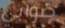
صوابي